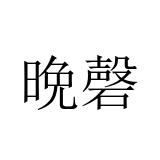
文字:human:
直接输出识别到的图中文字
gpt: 晩磬